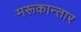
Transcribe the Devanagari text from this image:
मरूकान्तार